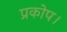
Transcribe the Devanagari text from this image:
प्रकोप।